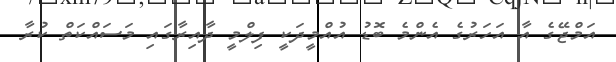
އަމްޖޭގެ އާ އަހަރުގެ އެންމެ ބޮޑު އުއްމީދަކީ ފިލްމީ ދާއިރާގައި މަސައްކަތް ކުރާ